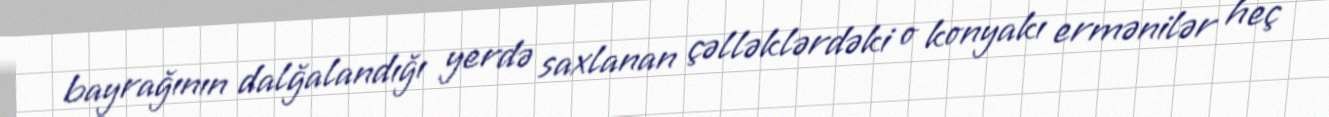
bayrağının dalğalandığı yerdə saxlanan çəlləklərdəki o konyakı ermənilər heç